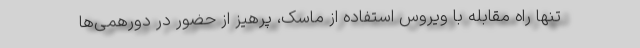
تنها راه مقابله با ویروس استفاده از ماسک، پرهیز از حضور در دورهمی‌ها